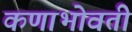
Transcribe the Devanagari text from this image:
कणाभोवती